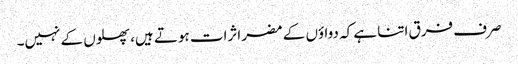
صرف فرق اتنا ہے کہ دواؤں کے مضر اثرات ہوتے ہیں، پھلوں کے نہیں۔